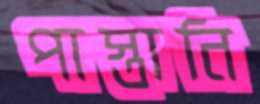
পাস্তানি